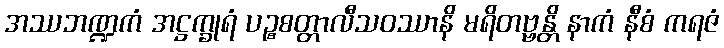
အဿဘဏ္ဍကံ အဋ္ဌက္ခုရံ ပဉ္စစတ္တာလီသဝဿာနိ မရိတဗ္ဗန္တိ နာကံ နီစံ ကရဇံ